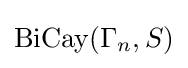
\operatorname {BiCay} (\Gamma _{n},S)